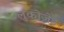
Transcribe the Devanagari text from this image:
लुकोज़ेड